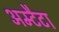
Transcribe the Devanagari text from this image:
अम्टैटा